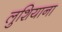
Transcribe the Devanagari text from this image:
लुशियाना